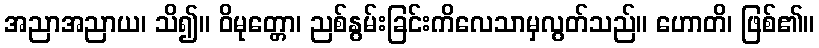
အညာအညာယ၊ သိ၍။ ဝိမုတ္တော၊ ညစ်နွမ်းခြင်းကိလေသာမှလွတ်သည်။ ဟောတိ၊ ဖြစ်၏။